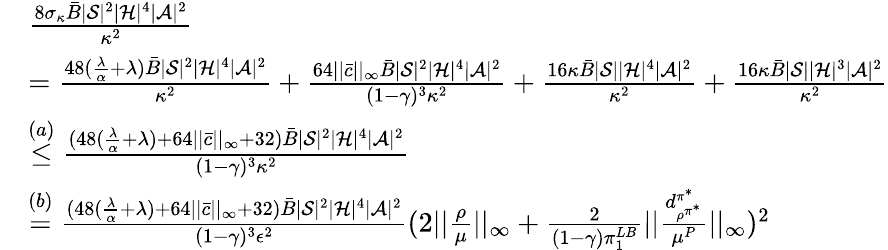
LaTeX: \begin{array}{rl}&{\frac{8\sigma_{\kappa}\bar{B}|\mathcal{S}|^{2}|\mathcal{H}|^{4}|\mathcal{A}|^{2}}{\kappa^{2}}}\\ &{=\frac{48(\frac{\lambda}{\alpha}+\lambda)\bar{B}|\mathcal{S}|^{2}|\mathcal{H}|^{4}|\mathcal{A}|^{2}}{\kappa^{2}}+\frac{64||\bar{c}||_{\infty}\bar{B}|\mathcal{S}|^{2}|\mathcal{H}|^{4}|\mathcal{A}|^{2}}{(1-\gamma)^{3}\kappa^{2}}+\frac{16\kappa\bar{B}|\mathcal{S}||\mathcal{H}|^{4}|\mathcal{A}|^{2}}{\kappa^{2}}+\frac{16\kappa\bar{B}|\mathcal{S}||\mathcal{H}|^{3}|\mathcal{A}|^{2}}{\kappa^{2}}}\\ &{\overset{(a)}{\le}\frac{(48(\frac{\lambda}{\alpha}+\lambda)+64||\bar{c}||_{\infty}+32)\bar{B}|\mathcal{S}|^{2}|\mathcal{H}|^{4}|\mathcal{A}|^{2}}{(1-\gamma)^{3}\kappa^{2}}}\\ &{\overset{(b)}{=}\frac{(48(\frac{\lambda}{\alpha}+\lambda)+64||\bar{c}||_{\infty}+32)\bar{B}|\mathcal{S}|^{2}|\mathcal{H}|^{4}|\mathcal{A}|^{2}}{(1-\gamma)^{3}\epsilon^{2}}(2||\frac{\rho}{\mu}||_{\infty}+\frac{2}{(1-\gamma)\pi_{1}^{LB}}||\frac{d_{\rho^{\pi^{*}}}^{\pi^{*}}}{\mu^{P}}||_{\infty})^{2}}\end{array}